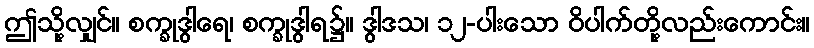
ဤသို့လျှင်။ စက္ခုဒွါရေ၊ စက္ခုဒွါရ၌။ ဒွါဒသ၊ ၁၂-ပါးသော ဝိပါက်တို့လည်းကောင်း။